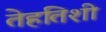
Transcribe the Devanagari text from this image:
तेहतिशी